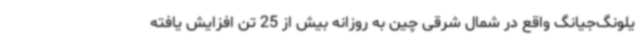
یلونگ‌جیانگ واقع در شمال شرقی چین به روزانه بیش از 25 تن افزایش یافته